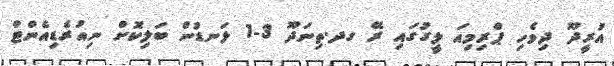
އުރީދޫ ދިވެހި ޕްރިމިއަ ލީގުގައި ރޭ ގދ.ތިނަދޫ 3-1 ލަނޑުން ބަލިކޮށް ނިއުރެޑިއެންޓް